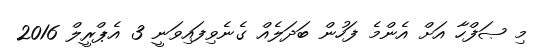
މި ޞަފްހާ އަށް އެންމެ ފަހުން ބަދަލެއް ގެނެވިފައިވަނީ 3 އެޕްރީލް 2016